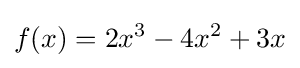
f(x)=2x^{3}-4x^{2}+3x